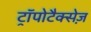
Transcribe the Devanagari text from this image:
ट्रॉपोटैक्सेज़